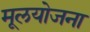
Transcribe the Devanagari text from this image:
मूलयोजना